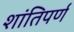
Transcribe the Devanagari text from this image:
शांतिपर्ण